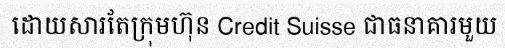
ដោយសារតែក្រុមហ៊ុន Credit Suisse ជាធនាគារមួយ